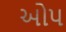
ઓપ